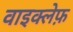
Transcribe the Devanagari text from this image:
वाइक्लेफ़